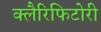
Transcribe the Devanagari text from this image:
क्लैरिफिटोरी